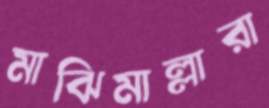
মাঝিমাল্লারা